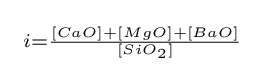
\scriptstyle \ i={\frac {[CaO]+[MgO]+[BaO]}{[SiO_{2}]}}